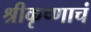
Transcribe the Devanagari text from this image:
श्रीकृष्णाचं